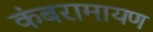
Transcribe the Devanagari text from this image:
कंबरामायण